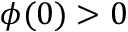
\phi ( 0 ) > 0